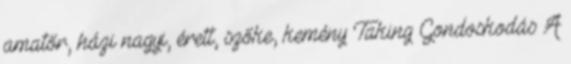
amatőr, házi nagyi, érett, szőke, kemény Taking Gondoskodás A